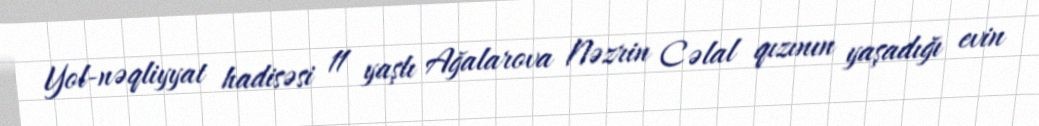
Yol-nəqliyyat hadisəsi 11 yaşlı Ağalarova Nəzrin Cəlal qızının yaşadığı evin